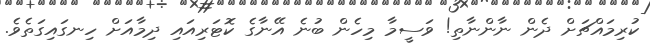
ކުރިމައްޗަށް ދެން ނާންނާތި! ވަސީމާ މިހެން ބުނެ އޭނާގެ ކޮޓަރިއައި ދިމާއަށް ހިނގައިގަތެވެ.